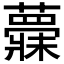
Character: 𱾺